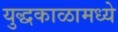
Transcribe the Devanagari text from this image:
युद्धकाळामध्ये